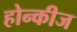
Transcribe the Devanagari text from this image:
होन्कीज